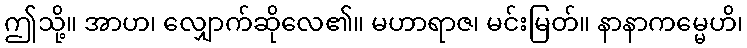
ဤသို့။ အာဟ၊ လျှောက်ဆိုလေ၏။ မဟာရာဇ၊ မင်းမြတ်။ နာနာကမ္မေဟိ၊